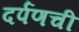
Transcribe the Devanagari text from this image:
दर्पणची